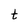
Character: t